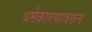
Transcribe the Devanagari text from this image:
धर्मकारणावरुन